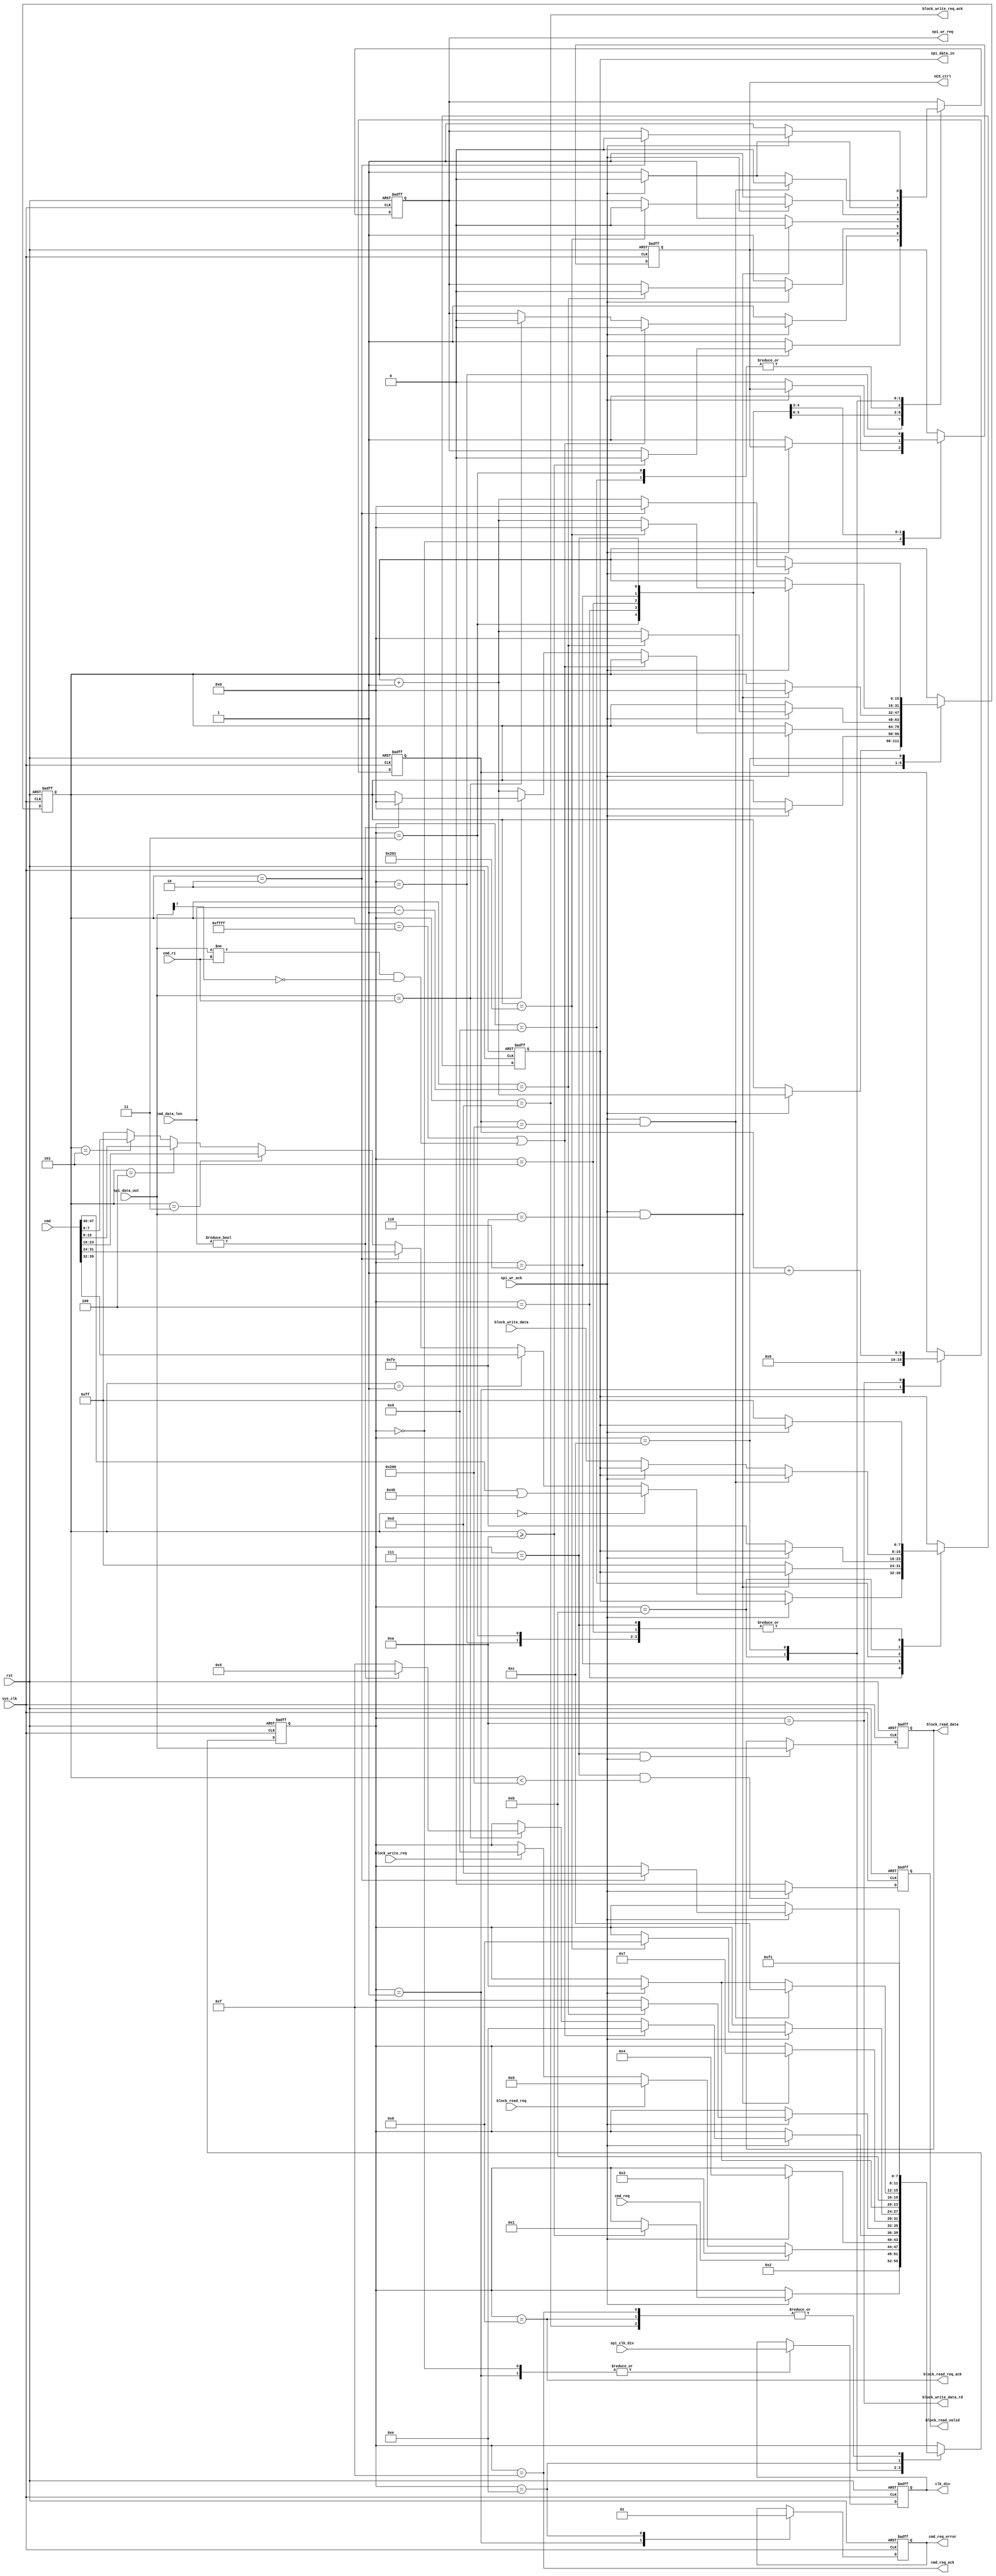
// This program was cloned from: https://github.com/Manistein/let-us-build-a-computer-system
// License: MIT License

//////////////////////////////////////////////////////////////////////////////////
//                                                                              //
//                                                                              //
//          msq@qq.com                                                          //
//          ALINX(shanghai) Technology Co.,Ltd                                  //
//          heijin                                                              //
//     WEB: http://www.alinx.cn/                                                //
//     BBS: http://www.heijin.org/                                              //
//                                                                              //
//////////////////////////////////////////////////////////////////////////////////
//                                                                              //
// Copyright (c) 2017,ALINX(shanghai) Technology Co.,Ltd                        //
//                    All rights reserved                                       //
//                                                                              //
// This source file may be used and distributed without restriction provided    //
// that this copyright statement is not removed from the file and that any      //
// derivative work contains the original copyright notice and the associated    //
// disclaimer.                                                                  //
//                                                                              //
//////////////////////////////////////////////////////////////////////////////////

//==========================================================================
//  Revision History:
//  Date          By            Revision    Change Description
//--------------------------------------------------------------------------
//  2017/6/21     meisq         1.0         Original
//*************************************************************************/
module sd_card_cmd(
	input                       sys_clk,
	input                       rst,
	input[15:0]                 spi_clk_div,                  //SPI module clock division parameter
	input                       cmd_req,                      //SD card command request
	output                      cmd_req_ack,                  //SD card command request response
	output reg                  cmd_req_error,                //SD card command request error
	input[47:0]                 cmd,                          //SD card command
	input[7:0]                  cmd_r1,                       //SD card expect response
	input[15:0]                 cmd_data_len,                 //SD card command read data length
	input                       block_read_req,               //SD card sector data read request
	output reg                  block_read_valid,             //SD card sector data read data valid
	output reg[7:0]             block_read_data,              //SD card sector data read data
	output                      block_read_req_ack,           //SD card sector data read response
	input                       block_write_req,              //SD card sector data write request
	input[7:0]                  block_write_data,             //SD card sector data write data next clock is valid
	output                      block_write_data_rd,          //SD card sector data write data
	output                      block_write_req_ack,          //SD card sector data write response
	output                      nCS_ctrl,                     //SPI module chip select control
	output reg[15:0]            clk_div,
	output reg                  spi_wr_req,                   //SPI module data sending request
	input                       spi_wr_ack,                   //SPI module data request response
	output[7:0]                 spi_data_in,                  //SPI module send data
	input[7:0]                  spi_data_out                  //SPI module data returned
);
parameter S_IDLE         = 0;
parameter S_WAIT         = 1;
parameter S_INIT         = 2;
parameter S_CMD_PRE      = 3;
parameter S_CMD          = 4;
parameter S_CMD_DATA     = 5;
parameter S_READ_WAIT    = 6;
parameter S_READ         = 7;
parameter S_READ_ACK     = 8;
parameter S_WRITE_TOKEN  = 9;
parameter S_WRITE_DATA_0 = 10;
parameter S_WRITE_DATA_1 = 11;
parameter S_WRITE_CRC    = 12;
parameter S_WRITE_ACK    = 13;
parameter S_ERR          = 14;
parameter S_END          = 15;

reg[3:0]                      state;
reg                           CS_reg;
reg[15:0]                     byte_cnt;
reg[7:0]                      send_data;
wire[7:0]                     data_recv;
reg[9:0]                      wr_data_cnt;

assign cmd_req_ack = (state == S_END);
assign block_read_req_ack = (state == S_READ_ACK);
assign block_write_req_ack= (state == S_WRITE_ACK);
assign block_write_data_rd = (state == S_WRITE_DATA_0);
assign spi_data_in = send_data;
assign data_recv = spi_data_out;
assign nCS_ctrl = CS_reg;
always@(posedge sys_clk or posedge rst)
begin
	if(rst == 1'b1)
	begin
		CS_reg <= 1'b1;
		spi_wr_req <= 1'b0;
		byte_cnt <= 16'd0;
		clk_div <= 16'd0;
		send_data <= 8'hff;
		state <= S_IDLE;
		cmd_req_error <= 1'b0;
		wr_data_cnt <= 10'd0;
	end
	else
		case(state)
			S_IDLE:
			begin
				state <= S_INIT;
				clk_div <= spi_clk_div;
				CS_reg <= 1'b1;
			end
			S_INIT:
			begin
				//send 11 bytes on power(at least 74 SPI clocks)
				if(spi_wr_ack == 1'b1)
				begin
					if(byte_cnt >= 16'd10)
					begin
						byte_cnt <= 16'd0;
						spi_wr_req <= 1'b0;
						state <= S_WAIT;
					end
					begin
						byte_cnt <= byte_cnt + 16'd1;
					end
				end
				else
				begin
					spi_wr_req <= 1'b1;
					send_data <= 8'hff;
				end
			end
			S_WAIT:
			begin
				cmd_req_error <= 1'b0;
				wr_data_cnt <= 10'd0;
				//wait for  instruction
				if(cmd_req == 1'b1)
					state <= S_CMD_PRE;
				else if(block_read_req == 1'b1)
					state <= S_READ_WAIT;
				else if(block_write_req == 1'b1)
					state <= S_WRITE_TOKEN;
				clk_div <= spi_clk_div;
			end
			S_CMD_PRE:
			begin
				//before sending a command, send an byte 'ff',provide some clocks
				if(spi_wr_ack == 1'b1)
				begin
					state <= S_CMD;
					spi_wr_req <= 1'b0;
					byte_cnt <= 16'd0;
				end
				else
				begin
					spi_wr_req <= 1'b1;
					CS_reg <= 1'b1;
					send_data <= 8'hff;
				end
			end
			S_CMD:
			begin
				if(spi_wr_ack == 1'b1)
				begin
					if((byte_cnt == 16'hffff) || (data_recv != cmd_r1 && data_recv[7] == 1'b0))
					begin
						state <= S_ERR;
						spi_wr_req <= 1'b0;
					end
					else if(data_recv == cmd_r1)
					begin
						spi_wr_req <= 1'b0;
						if(cmd_data_len != 16'd0)
						begin
							state <= S_CMD_DATA;
							byte_cnt <= 16'd0;
						end
						else
							state <= S_END;
					end
					else
						byte_cnt <=  byte_cnt + 16'd1;
				end
				else
				begin
					spi_wr_req <= 1'b1;
					CS_reg <= 1'b0;
					if(byte_cnt == 16'd0)
						send_data <= (cmd[47:40] | 8'h40);
					else if(byte_cnt == 16'd1)
						send_data <= cmd[39:32];
					else if(byte_cnt == 16'd2)
						send_data <= cmd[31:24];
					else if(byte_cnt == 16'd3)
						send_data <= cmd[23:16];
					else if(byte_cnt == 16'd4)
						send_data <= cmd[15:8];
					else if(byte_cnt == 16'd5)
						send_data <= cmd[7:0];
					else
						send_data <= 8'hff;
				end
			end
			S_CMD_DATA:
			begin
				if(spi_wr_ack == 1'b1)
				begin
					if(byte_cnt == cmd_data_len - 16'd1)
					begin
						state <= S_END;
						spi_wr_req <= 1'b0;
						byte_cnt <= 16'd0;
					end
					else
					begin
						byte_cnt <= byte_cnt + 16'd1;
					end
				end
				else
				begin
					spi_wr_req <= 1'b1;
					send_data <= 8'hff;
				end
			end
			S_READ_WAIT:
			begin
				if(spi_wr_ack == 1'b1 && data_recv == 8'hfe)
				begin
					spi_wr_req <= 1'b0;
					state <= S_READ;
					byte_cnt <= 16'd0;
				end
				else
				begin
					spi_wr_req <= 1'b1;
					send_data <= 8'hff;
				end
			end
			S_READ:
			begin
				if(spi_wr_ack == 1'b1)
				begin
					if(byte_cnt == 16'd513)
					begin
						state <= S_READ_ACK;
						spi_wr_req <= 1'b0;
						byte_cnt <= 16'd0;
					end
					else
					begin
						byte_cnt <= byte_cnt + 16'd1;
					end
				end
				else
				begin
					spi_wr_req <= 1'b1;
					send_data <= 8'hff;
				end
			end
			S_WRITE_TOKEN:
				if(spi_wr_ack == 1'b1)
				begin
					state <= S_WRITE_DATA_0;
					spi_wr_req <= 1'b0;
				end
				else
				begin
					spi_wr_req <= 1'b1;
					send_data <= 8'hfe;
				end
			S_WRITE_DATA_0:
			begin
				state <= S_WRITE_DATA_1;
				wr_data_cnt <= wr_data_cnt + 10'd1;
			end
			S_WRITE_DATA_1:
			begin
				if(spi_wr_ack == 1'b1 && wr_data_cnt == 10'd512)
				begin
					state <= S_WRITE_CRC;
					spi_wr_req <= 1'b0;
				end
				else if(spi_wr_ack == 1'b1)
				begin
					state <= S_WRITE_DATA_0;
					spi_wr_req <= 1'b0;
				end
				else
				begin
					spi_wr_req <= 1'b1;
					send_data <= block_write_data;
				end
			end
			S_WRITE_CRC:
			begin
				if(spi_wr_ack == 1'b1)
				begin
					if(byte_cnt == 16'd2)
					begin
						state <= S_WRITE_ACK;
						spi_wr_req <= 1'b0;
						byte_cnt <= 16'd0;
					end
					else
					begin
						byte_cnt <= byte_cnt + 16'd1;
					end
				end
				else
				begin
					spi_wr_req <= 1'b1;
					send_data <= 8'hff;
				end
			end
			S_ERR:
			begin
				state <= S_END;
				cmd_req_error <= 1'b1;
			end
			S_READ_ACK,S_WRITE_ACK,S_END:
			begin
				state <= S_WAIT;
			end
			default:
				state <= S_IDLE;
		endcase
end
always@(posedge sys_clk or posedge rst)
begin
	if(rst == 1'b1)
		block_read_valid <= 1'b0;
	else if(state == S_READ && byte_cnt < 16'd512)
		block_read_valid <= spi_wr_ack;
	else
		block_read_valid <= 1'b0;
end

always@(posedge sys_clk or posedge rst)
begin
	if(rst == 1'b1)
		block_read_data <= 8'd0;
	else if(state == S_READ && spi_wr_ack == 1'b1)
		block_read_data <= data_recv;
end

endmodule